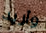
وأريد